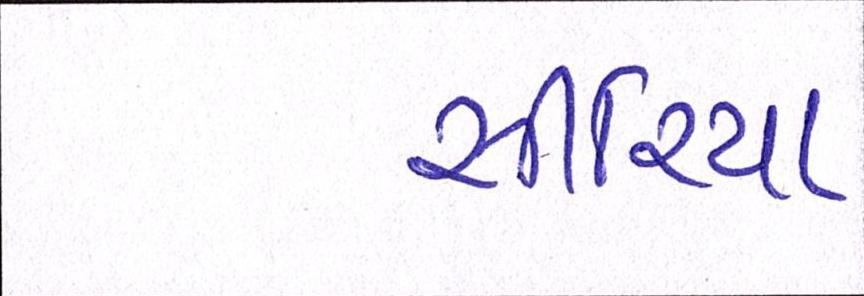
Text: સીરિયા